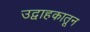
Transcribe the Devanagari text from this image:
उद्वाहकातून